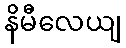
နိမီလေယျ